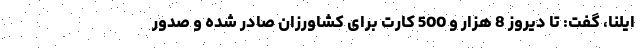
ایلنا، گفت: تا دیروز 8 هزار و 500 کارت برای کشاورزان صادر شده و صدور